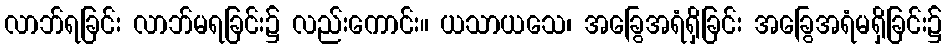
လာဘ်ရခြင်း လာဘ်မရခြင်း၌ လည်းကောင်း။ ယသာယသေ၊ အခြွေအရံရှိခြင်း အခြွေအရံမရှိခြင်း၌